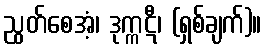
ညွတ်စေအံ့၊ ဒုက္ကဋီ၊ (ရှစ်ချက်)။